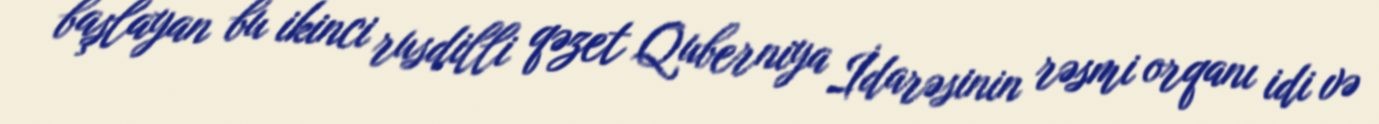
başlayan bu ikinci rusdilli qəzet Quberniya İdarəsinin rəsmi orqanı idi və